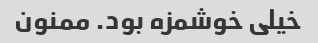
خیلى خوشمزه بود. ممنون